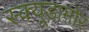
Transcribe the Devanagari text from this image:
स्क्यूडामोर